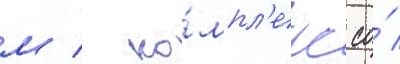
м / ко́мпл'екс со́